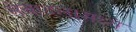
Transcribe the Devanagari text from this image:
सेवादलामध्ये